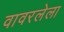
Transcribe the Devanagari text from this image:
वावरलेला